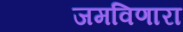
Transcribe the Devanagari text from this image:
जमविणारा